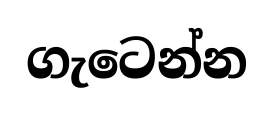
ගැටෙන්න